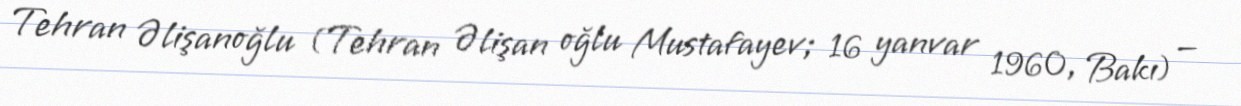
Tehran Əlişanoğlu (Tehran Əlişan oğlu Mustafayev; 16 yanvar 1960, Bakı) —